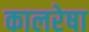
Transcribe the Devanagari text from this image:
कालरेषा